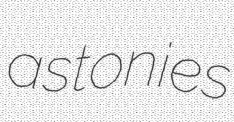
astonies